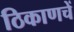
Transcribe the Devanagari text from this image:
ठिकाणचें